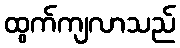
ထွက်ကျလာသည်